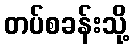
တပ်စခန်းသို့